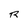
Character: R